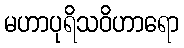
မဟာပုရိသဝိဟာရော